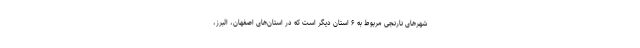
شهرهای نارنجی مربوط به ۶ استان دیگر است که در استان‌های اصفهان، البرز،